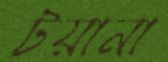
টয়ানা